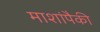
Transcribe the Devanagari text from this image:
माशांपैकी